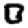
Digit: 0